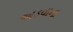
અડવાના